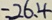
= 2 6 . 4